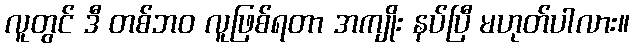
လူတွင် ဒီ တစ်ဘဝ လူဖြစ်ရတာ အကျိုး နပ်ပြီ မဟုတ်ပါလား။